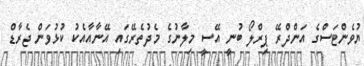
ޔުވެންޓަސްގެ އަންދްރޭ ޕިރްލޯ ބުނީ އޭސީ މިލާނުގެ މެދުތެރޭގައި އޭނާއާއެކު ކުޅުވަން ޖެރާޑް